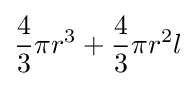
{\frac {4}{3}}\pi r^{3}+{\frac {4}{3}}\pi r^{2}l